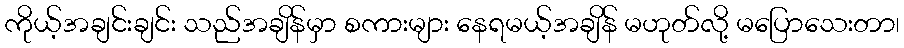
ကိုယ့်အချင်းချင်း သည်အချိန်မှာ စကားများ နေရမယ့်အချိန် မဟုတ်လို့ မပြောသေးတာ၊